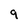
Character: 9